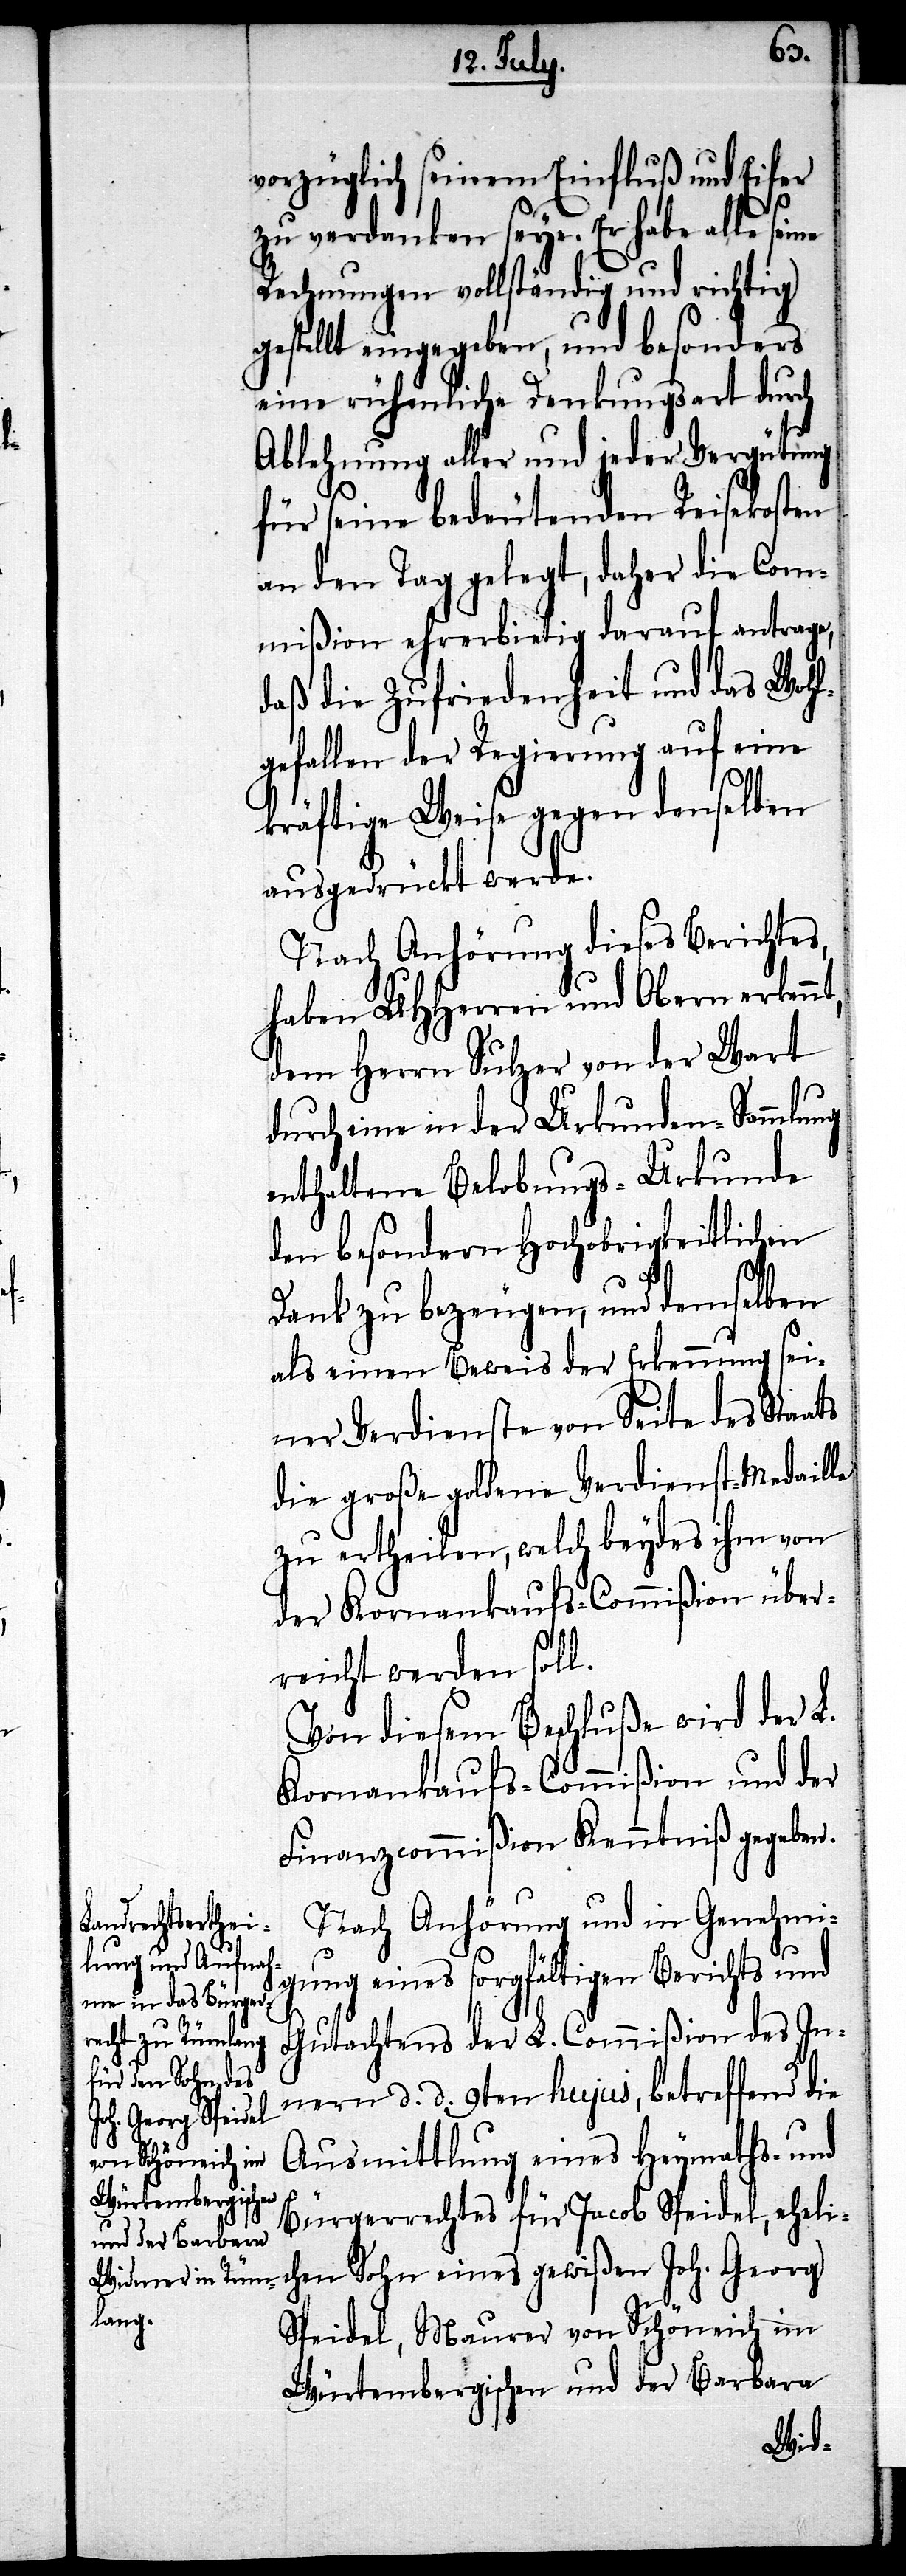
vorzüglich seinem Einfluß und Eifer
zu verdanken seye. Er habe alle sei¬
Rechnungen vollständig und richtig
gestellt eingegeben, und besonders
eine rühmliche Denkungsart durch
Ablehnung aller und jeder Vergütung
für seine bedeutenden Reisekosten
an den Tag gelegt, daher die Com¬
mißion ehrerbietig darauf antrage,
daß die Zufriedenheit und das Wohl¬
gefallen der Regierung auf eine
t,
kräftige Weise gegen denselben
ausgedrückt werde.
Nach Anhörung dieses Berichtes,
haben UHHerren und Obern erkenn¬
dem Herrn Sulzer von der Wart
durch eine in der Urkunden-Sammlung
enthaltene Belobungs-Urkunde
den besondern Hochobrigkeitlichen
Dank zu bezeugen, und demselben
als einen Beweis der Erkennung sei¬
ner Verdienste von Seite des Staats
die große goldene Verdienst-Medaille
zu ertheilen, welche beydes ihm von
der Kornankaufs-Commißion über¬
reicht werden soll.
Von diesem Beschluße wird der L.
Kornankaufs-Commißion und der
Finanzcommißion Kenntniß gegeben.
Nach Anhörung und in Genehmi¬
gung eines sorgfältigen Berichts und
Gutachtens der L. Commißion des In¬
nern d. d. 9ten hujus, betreffend die
Ausmittlung eines Heymaths- und
Bürgerrechtes für Jacob Speidel, eheli¬
chen Sohn eines gewißen Joh. Georg
Speidel, Maurer von Schöneich im
Würtembergischen und der Barbara